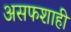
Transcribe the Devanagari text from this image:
असफशाही